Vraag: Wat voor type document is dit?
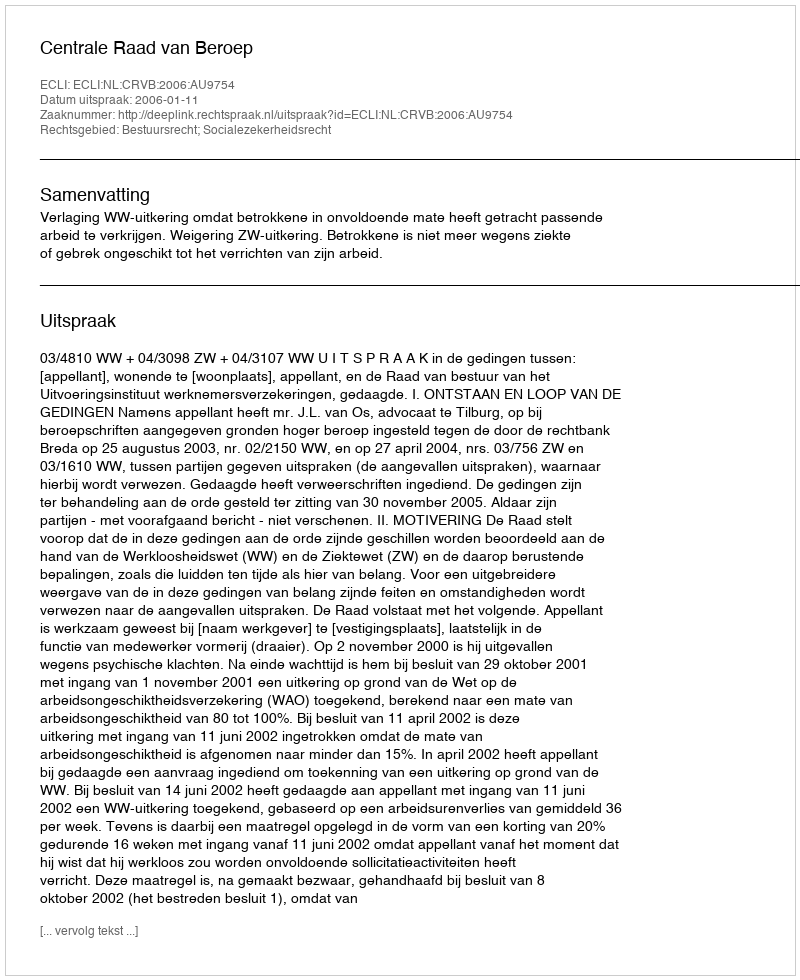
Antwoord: Uitspraak